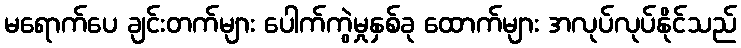
မရောက်ပေ ချင်းတက်များ ပေါက်ကွဲမှုနှစ်ခု ထောက်များ အလုပ်လုပ်နိုင်သည်